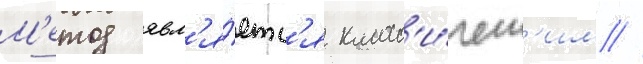
М'етод явл'я́етс'я класс'и́ческ'им //